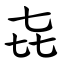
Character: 㐂